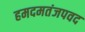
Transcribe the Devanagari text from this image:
हमदमतंजपवद